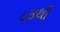
૮૪થી